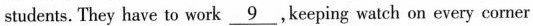
students. They have to work \underline{9}, keeping watch on every corner